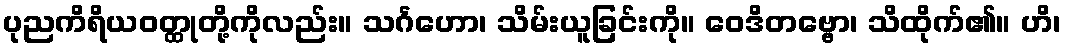
ပုညကိရိယဝတ္ထုတို့ကိုလည်း။ သင်္ဂဟော၊ သိမ်းယူခြင်းကို။ ဝေဒိတဗ္ဗော၊ သိထိုက်၏။ ဟိ၊